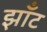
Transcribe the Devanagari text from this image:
झाँट